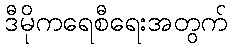
ဒီမိုကရေစီရေးအတွက်